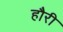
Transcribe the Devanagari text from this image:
हौरी